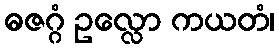
ဓဇဂ္ဂံ ဥလ္လော ကယတံ၊